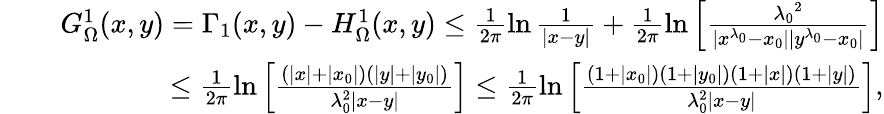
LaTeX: \begin{array}{rlr}&{}&{G_{\Omega}^{1}(x,y)=\Gamma_{1}(x,y)-H_{\Omega}^{1}(x,y)\leq\frac{1}{2\pi}\ln\frac{1}{|x-y|}+\frac{1}{2\pi}\ln\left[\frac{{\lambda_{0}}^{2}}{|x^{\lambda_{0}}-x_{0}||y^{\lambda_{0}}-x_{0}|}\right]}\\ &{}&{\qquad\qquad\leq\frac{1}{2\pi}\ln\left[\frac{(|x|+|x_{0}|)(|y|+|y_{0}|)}{\lambda_{0}^{2}|x-y|}\right]\leq\frac{1}{2\pi}\ln\left[\frac{(1+|x_{0}|)(1+|y_{0}|)(1+|x|)(1+|y|)}{\lambda_{0}^{2}|x-y|}\right],}\end{array}